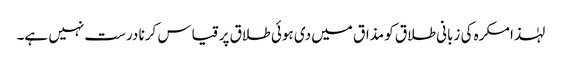
لہٰذا مکرہ کی زبانی طلاق کو مذاق میں دی ہوئی طلاق پر قیاس کرنا درست نہیں ہے۔